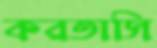
করতাসি